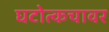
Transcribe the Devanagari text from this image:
घटोत्कचावर